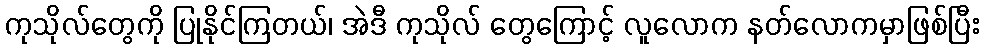
ကုသိုလ်တွေကို ပြုနိုင်ကြတယ်၊ အဲဒီ ကုသိုလ် တွေကြောင့် လူလောက နတ်လောကမှာဖြစ်ပြီး